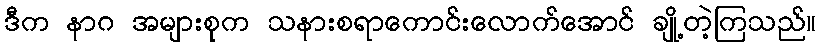
ဒီက နာဂ အများစုက သနားစရာကောင်းလောက်အောင် ချို့တဲ့ကြသည်။